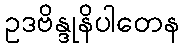
ဥဒဗိန္ဒုနိပါတေန